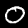
Label: 0